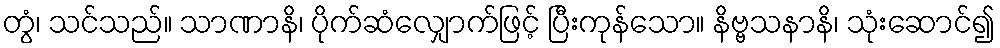
တွံ၊ သင်သည်။ သာဏာနိ၊ ပိုက်ဆံလျှောက်ဖြင့် ပြီးကုန်သော။ နိဗ္ဗသနာနိ၊ သုံးဆောင်၍